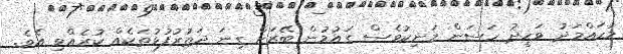
މުހައްމަދު ވަހީދު ހަސަން މަނިކުވެސް ގައުމުން ބޭރަށް ގިނަ ދަތުރުފުޅުތަކެއް ކުރެއްވި އެވެ.